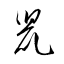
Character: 鼠